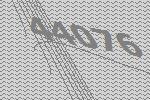
44076